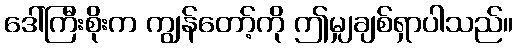
ဒေါ်ကြီးစိုးက ကျွန်တော့်ကို ဤမျှချစ်ရှာပါသည်။